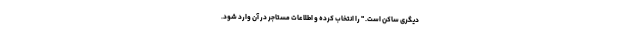
دیگری ساکن است. " را انتخاب کرده و اطلاعات مستاجر در آن وارد شود.